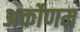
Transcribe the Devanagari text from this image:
अर्कोणम